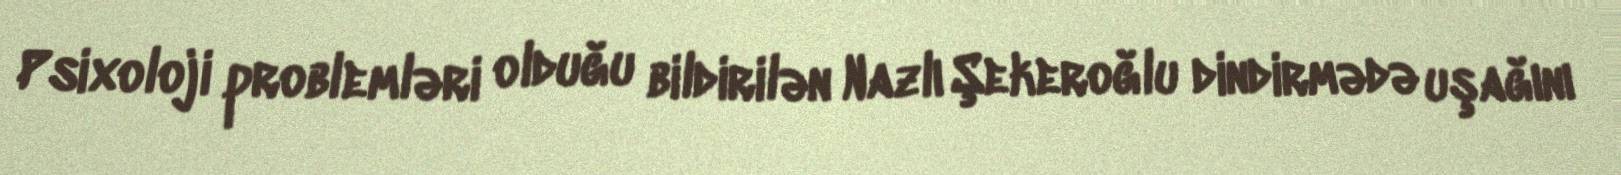
Psixoloji problemləri olduğu bildirilən Nazlı Şekeroğlu dindirmədə uşağını